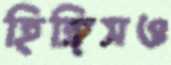
হিঙ্গিসও